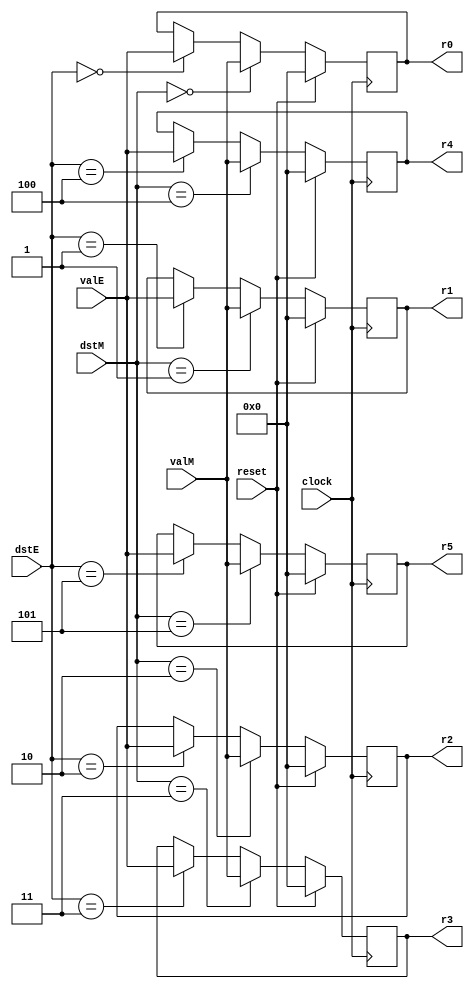
/* reset  r0-r5 
 valE  ID  dstE 
valM  ID  dstM  r0-r5 */

module regfile(
    input wire[3:0] dstE,
    input wire[31:0] valE,
    input wire[3:0] dstM,
    input wire[31:0] valM,
    input wire reset,
    input wire clock,
    output reg [31:0] r0,
    output reg [31:0] r1,
    output reg [31:0] r2,
    output reg [31:0] r3,
    output reg [31:0] r4,
    output reg [31:0] r5
);

always @(posedge clock) begin
    if (reset) begin
        r0 <= 0;
        r1 <= 0;
        r2 <= 0;
        r3 <= 0;
        r4 <= 0;
        r5 <= 0;
    end
    else begin
        case(dstE)
            4'b0000: r0 <= valE;
            4'b0001: r1 <= valE;
            4'b0010: r2 <= valE;
            4'b0011: r3 <= valE;
            4'b0100: r4 <= valE;
            4'b0101: r5 <= valE;
            default: ;// do nothing
        endcase;

        case(dstM)
            4'b0000: r0 <= valM;
            4'b0001: r1 <= valM;
            4'b0010: r2 <= valM;
            4'b0011: r3 <= valM;
            4'b0100: r4 <= valM;
            4'b0101: r5 <= valM;
            default: ;// do nothing
        endcase;      
    end
end

endmodule